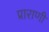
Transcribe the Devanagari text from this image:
प्राराणी